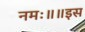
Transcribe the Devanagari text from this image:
नमः॥॥इस